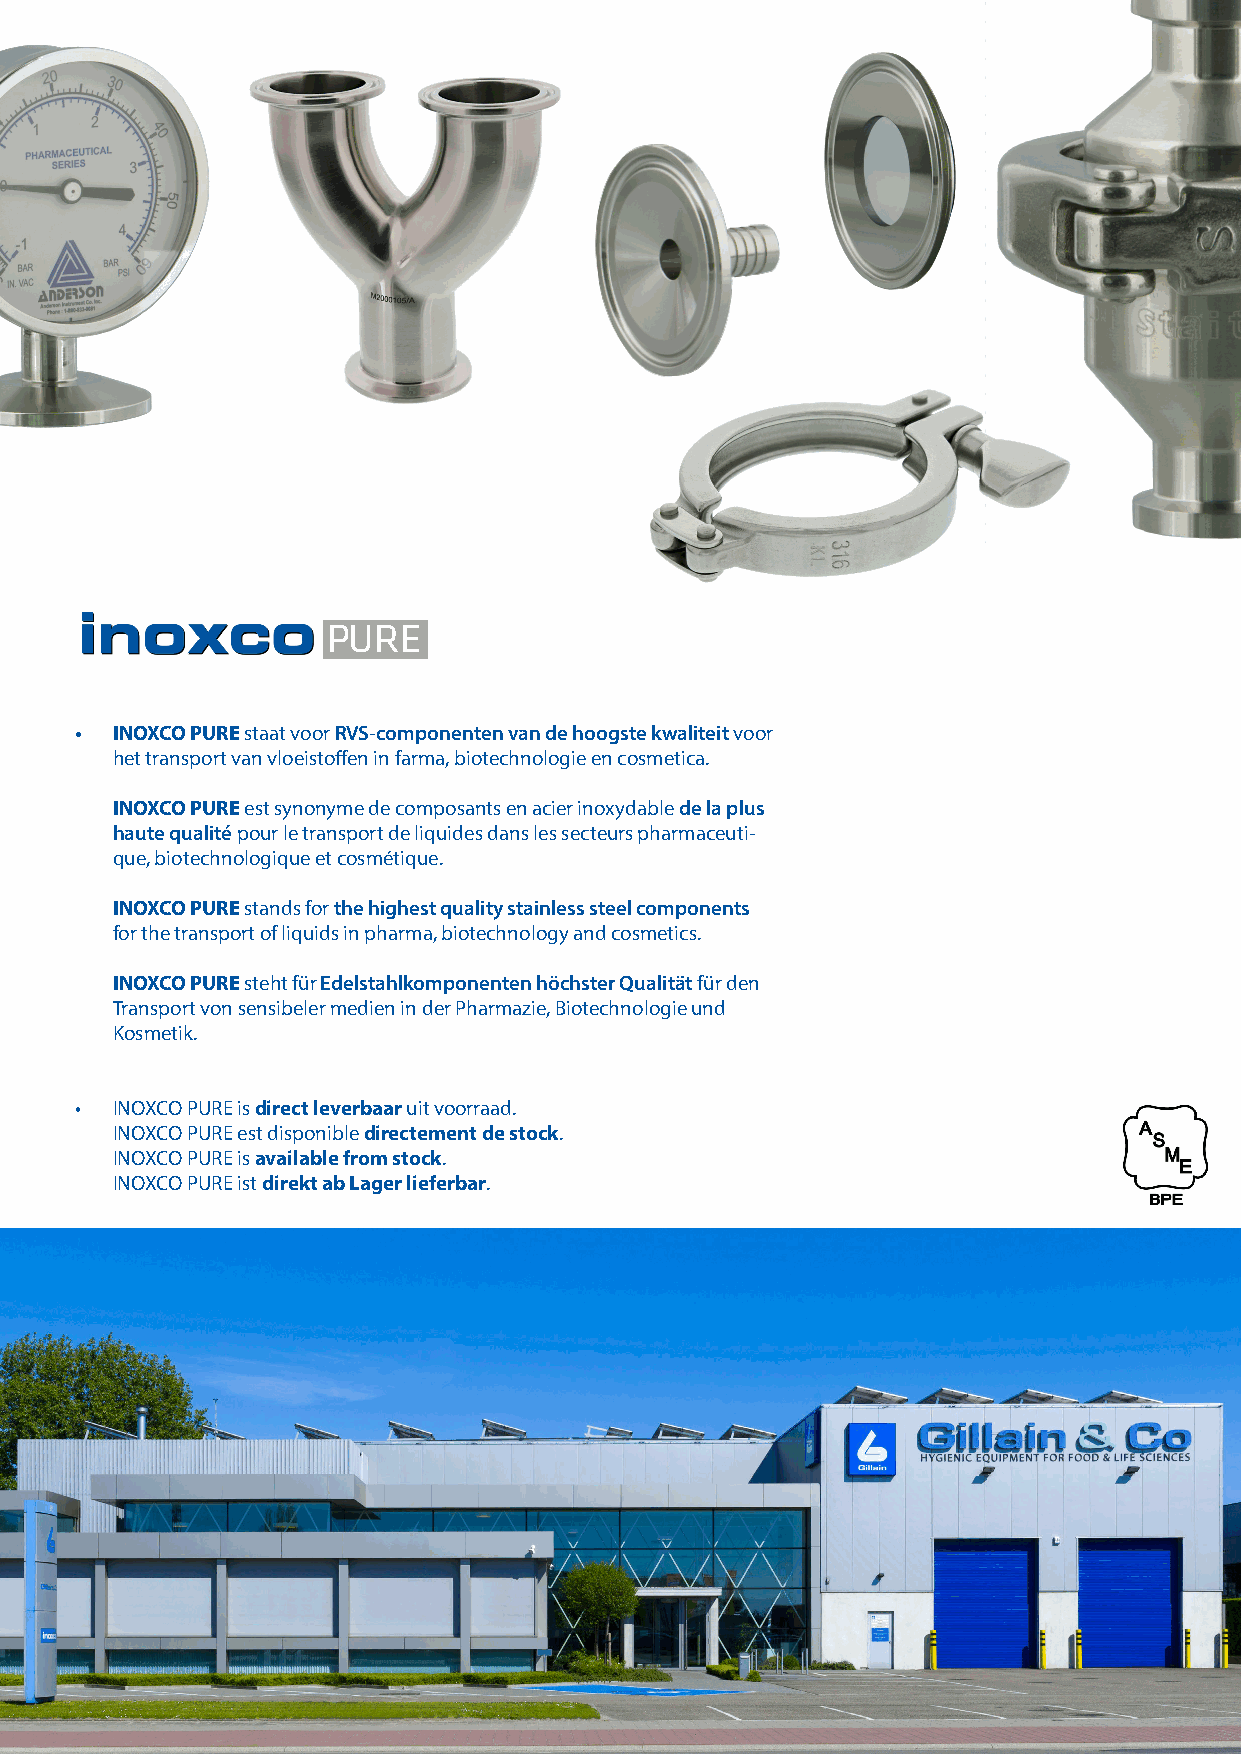
PURE
 • INOXCO PURE staat voor RVS-componenten van de hoogste kwaliteit voor
 het transport van vloeistoffen in farma, biotechnologie en cosmetica.
 INOXCO PURE est synonyme de composants en acier inoxydable de la plus
 haute qualité pour le transport de liquides dans les secteurs pharmaceuti-
 que, biotechnologique et cosmétique.
 INOXCO PURE stands for the highest quality stainless steel components
 for the transport of liquids in pharma, biotechnology and cosmetics.
 INOXCO PURE steht für Edelstahlkomponenten höchster Qualität für den
 Transport von sensibeler medien in der Pharmazie, Biotechnologie und
 Kosmetik.
 • INOXCO PURE is direct leverbaar uit voorraad.
 INOXCO PURE est disponible directement de stock.
 INOXCO PURE is available from stock.
 INOXCO PURE ist direkt ab Lager lieferbar.